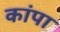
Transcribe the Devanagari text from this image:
कांपा